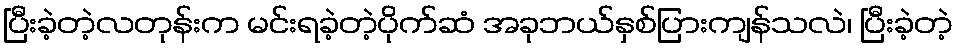
ပြီးခဲ့တဲ့လတုန်းက မင်းရခဲ့တဲ့ပိုက်ဆံ အခုဘယ်နှစ်ပြားကျန်သလဲ၊ ပြီးခဲ့တဲ့